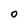
Character: O